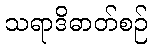
သရာဒိဓာတ်စဉ်